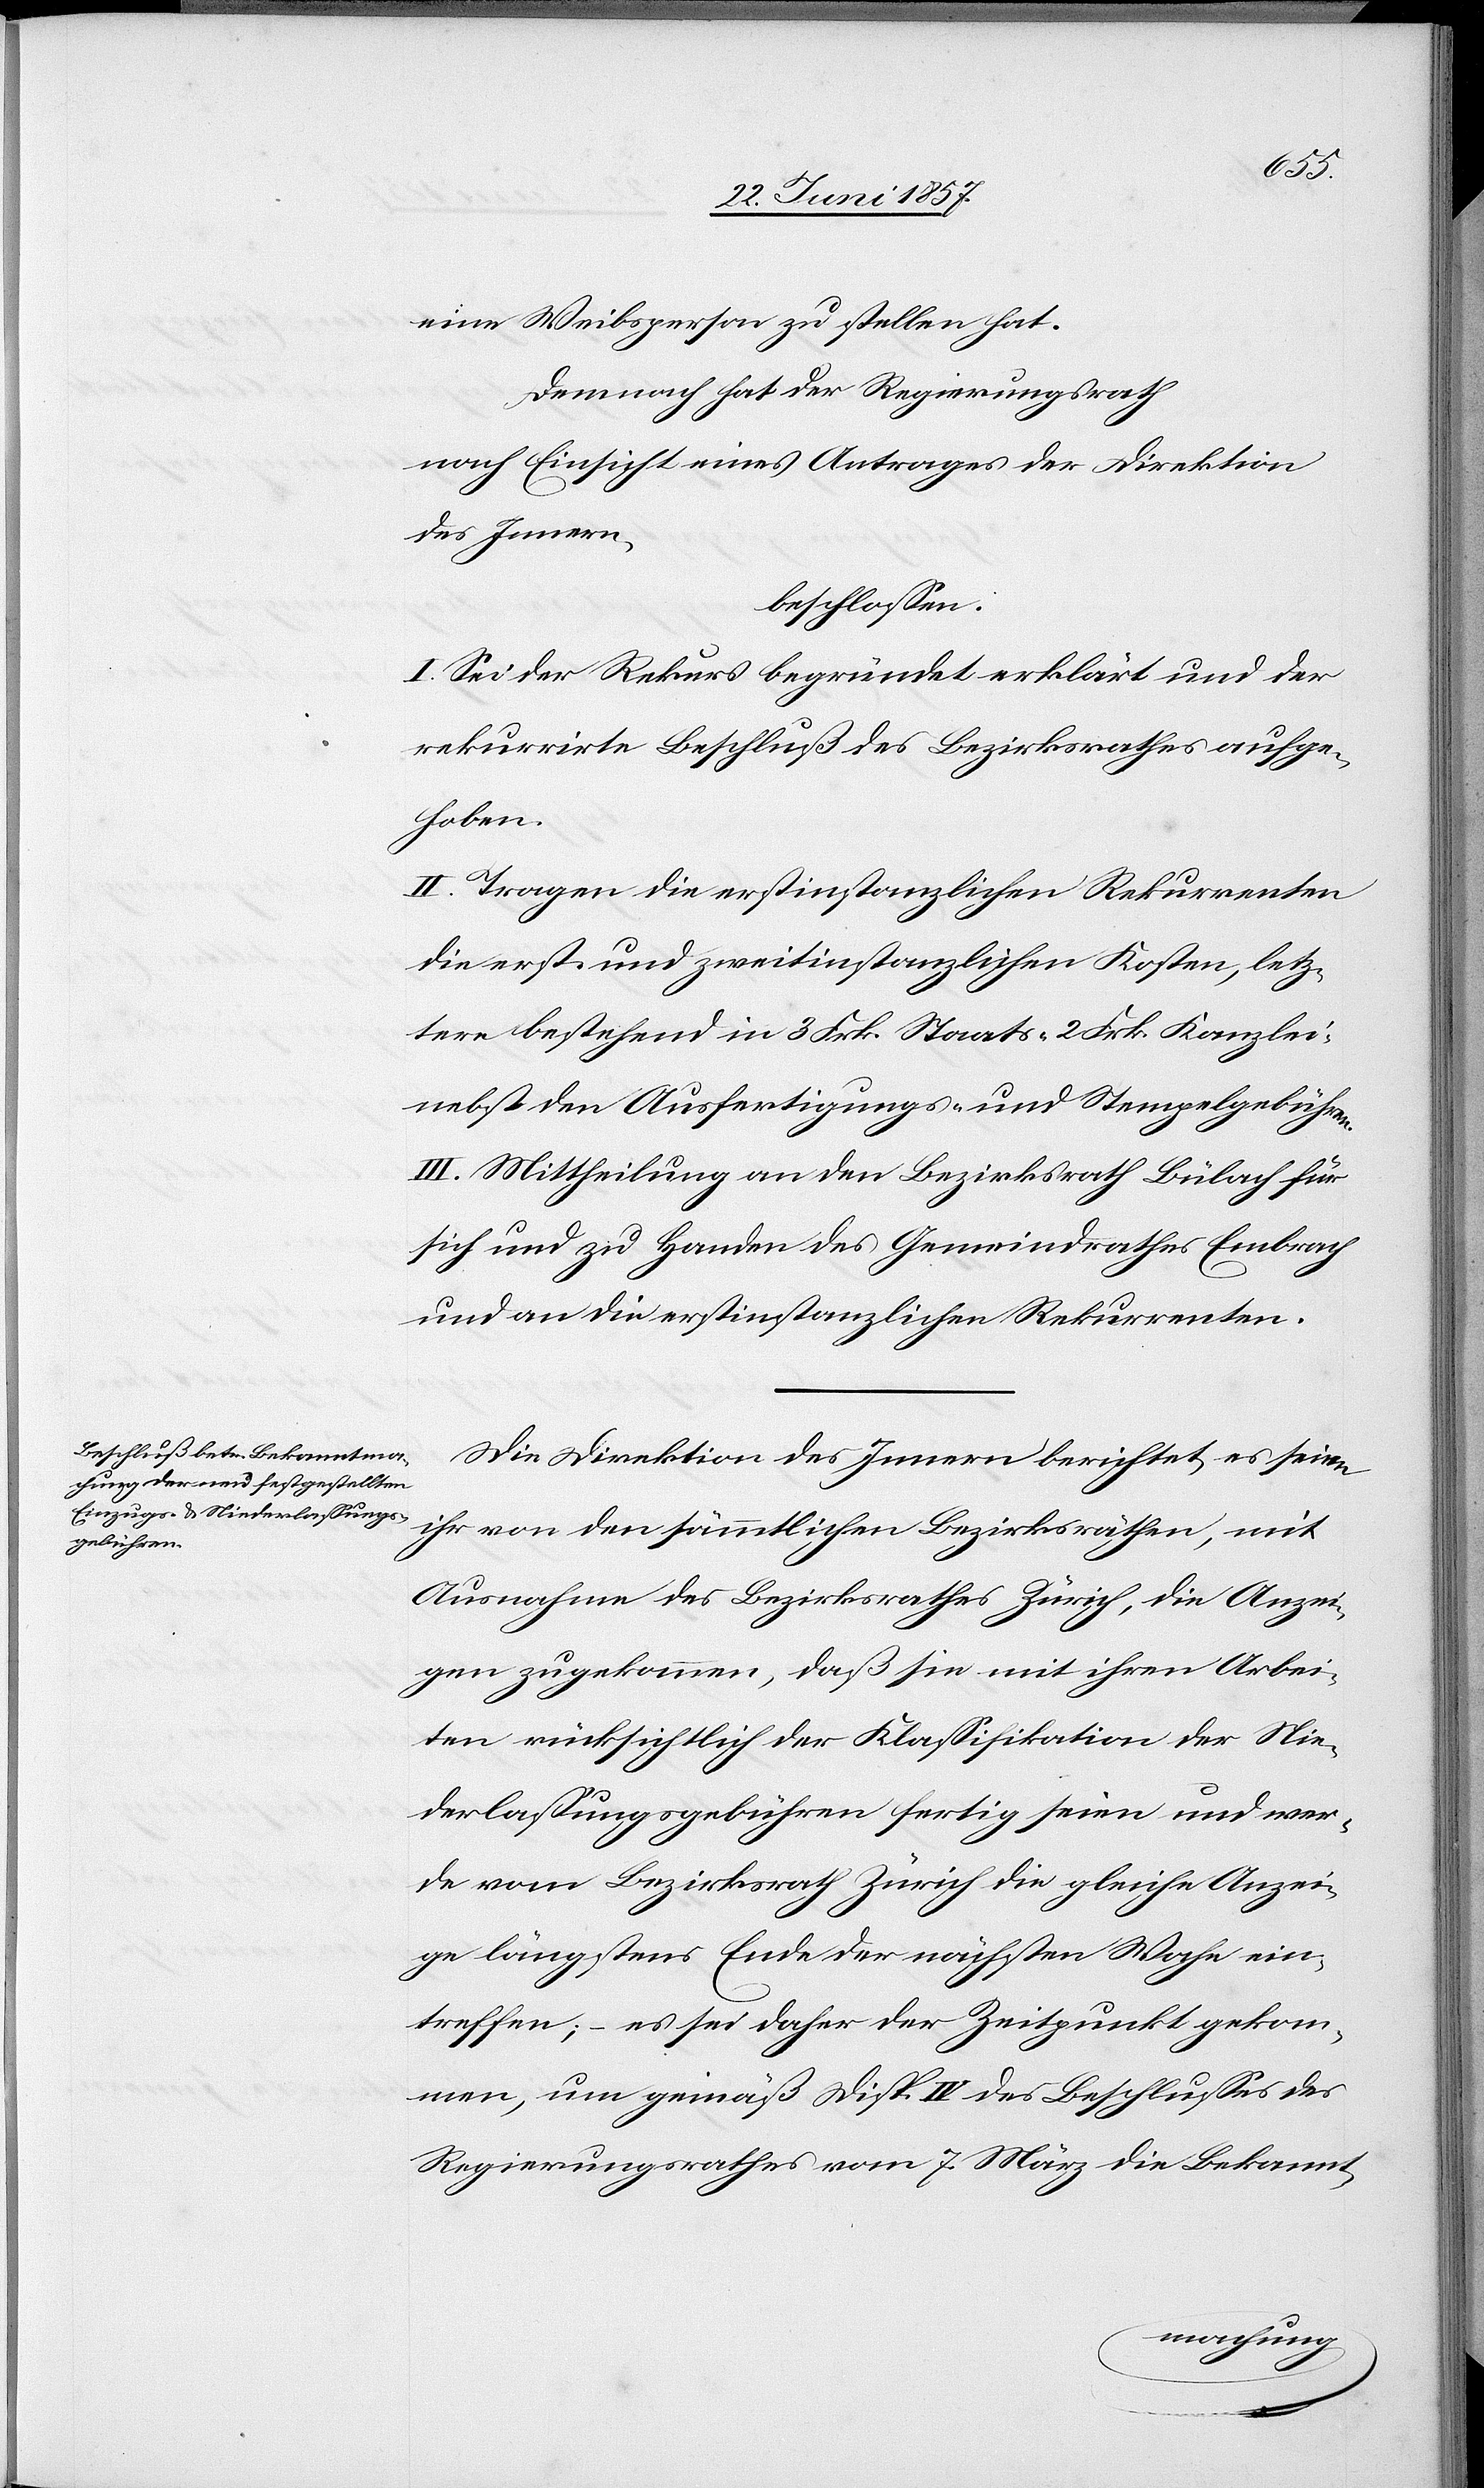
eine Weibsperson zu stellen hat.
Demnach hat der Regierungsrath
nach Einsicht eines Antrages der Direktion
des Innern,
beschlossen:
I. Sei der Rekurs begründet erklärt und der
rekurrirte Beschluß des Bezirksrathes aufge¬
hoben.
II. Tragen die erstinstanzlichen Rekurrenten
die erst- und zweitinstanzlichen Kosten, letz¬
tere bestehend in 3 Frk. Staats- 2 Frk. Kanzlei-
nebst den Ausfertigungs- und Stempelgebühren.
III. Mittheilung an den Bezirksrath Bülach für
sich und zu Handen des Gemeindrathes Embrach
und an die erstinstanzlichen Rekurrenten.
Die Direktion des Innern berichtet, es seien
ihr von den sämmtlichen Bezirksräthen, mit
Ausnahme des Bezirksrathes Zürich, die Anzei¬
gen zugekommen, daß sie mit ihren Arbei¬
ten rücksichtlich der Klassifikation der Nie¬
derlassungsgebühren fertig seien und wer¬
de vom Bezirksrath Zürich die gleiche Anzei¬
ge längstens Ende der nächsten Woche ein¬
treffen, – es sei daher der Zeitpunkt gekom¬
men, um gemäß Disp. IV des Beschlusses des
Regierungsrathes vom 7 März die Bekannt-